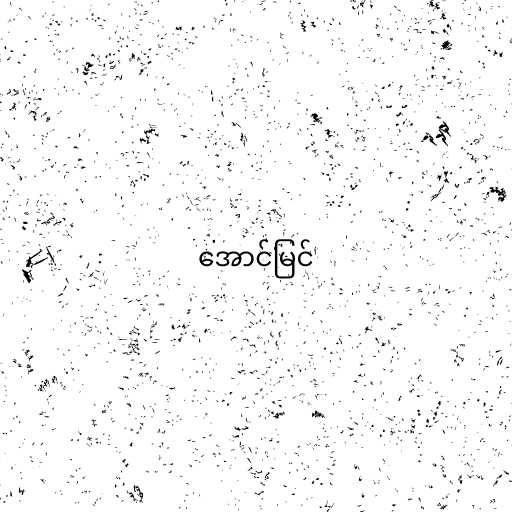
အောင်မြင်